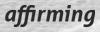
affirming